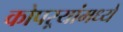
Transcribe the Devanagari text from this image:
कोपऱ्यांमध्ये